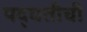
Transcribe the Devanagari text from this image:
पद्घतीची